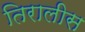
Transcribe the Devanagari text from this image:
तिरालीस